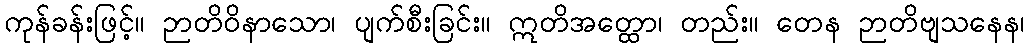
ကုန်ခန်းဖြင့်။ ဉာတိဝိနာသော၊ ပျက်စီးခြင်း။ ဣတိအတ္ထော၊ တည်း။ တေန ဉာတိဗျသနေန၊